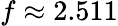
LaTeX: f\approx 2.511